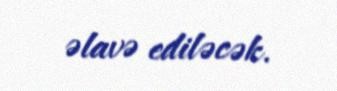
əlavə ediləcək.